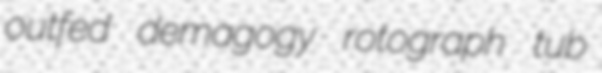
outfed demagogy rotograph tub